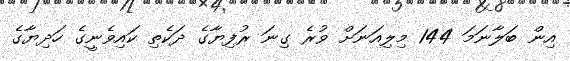
އިން ބަލާނަމަ 144 މިލިއަނަށް ވުރެ ގިނަ ރުފިޔާގެ ދަކެތި ކައިވެނީގެ ހަދިޔާގެ